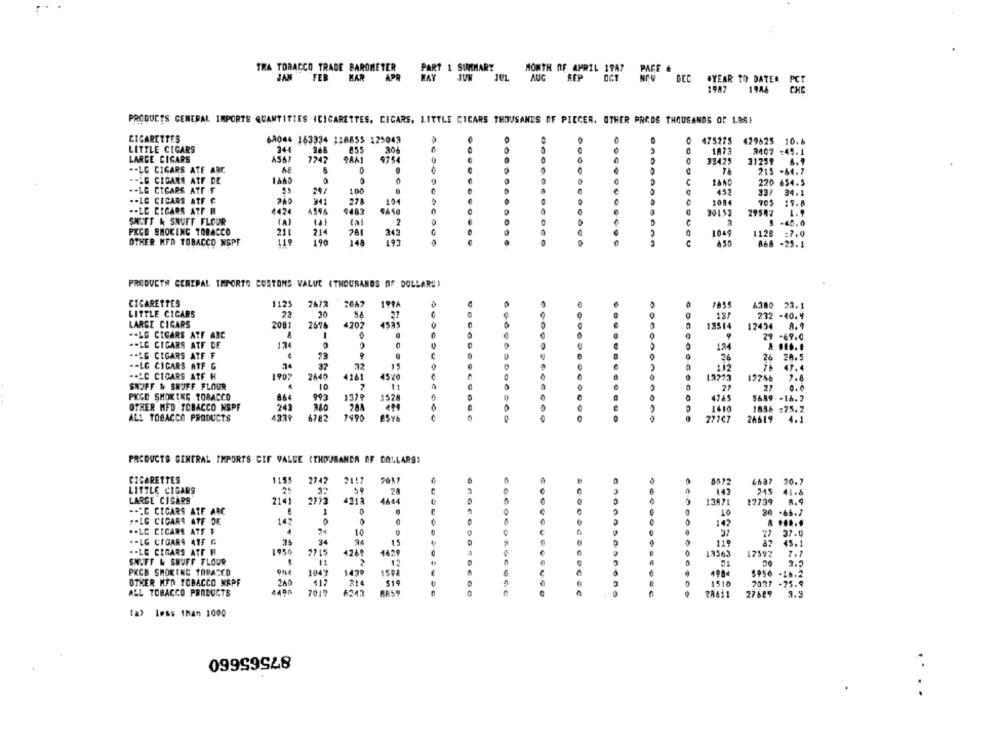
THA TOBACCO TRADE BAROMETER
MONTH OF APRIL 19A7 PAGE &
ZAN FER MAR APR
MAY JUN JEL AUG
AUG SEP OCT NOV DEC #YEAR TO DATER
1987
19A4
PET
PRODUCTS GENERAL IMPORTS QUANTITIES ICIGARETTES. CICARS. LITTLE CIGARS THOUSANDS OF PICCER. OTHER PRODE THOUSANDS OF 1.86)
CIGARETTES
68044 163334 118855 125043
475275 429625 10.6
LITTLE CICARS
344
855
306
3407 :49.1
LARGE CIGARS
AS6?
7242
9754
33425
31259
6.9
.- LG CIGARS ATE ARC
215 -64.7
--- G CIGARA ATF DE
220 654.5
.- LE CICARR ATF F
100
452
34.
.- LC CICARS ATF C
27
10
101
ES 106
705 19.8
.- LE CIGARS ATF R
4424
459
9483
29547
SHEFF & SNUFF FLOUR
5 -60.0
PKCD SMOKING TOBACCO
21
343
211
1049
1128 =7.0
OTHER HFD TOBACCO NSPF
190
148
193
C
866 -25.1
PRODUCTS GEREPAL IMPORTO CUSTOMS VALUE (THOUSANDS OF DOLLARS)
CIGARETTES
1125
2047
199A
6380 23.1
LITTLE CICARS
21
30
.
187
232 -40.4
LARGE CIGARS
2001
2696
4207
4525
13514
12494
-- LG CIGARS ATF ABC
A
29 -69.0
-- LG CIGARS ATF DE
134
.. LG CIGARS ATF F
26
28.5
-- LC CIGARS ATF G
112
47.4
-. LE CICARS ATF H
1997
2445
4261
4520
2.4
SHOFF & SHUFF FLOUR
27
PKGD SMOKING TOBACCO
864
1379
152
4745
5689 -16.2
OTHER MED TOBACCO NSPF
243
204
1410
1896 =25.2
ALL TOBACCO PRODUCTS
4339
6782
7490
27767
4.1
PRODUCTS GENERAL IMPORTS CIF VALUE (THOUSANDA OF DOLLARS?
CIGARETTES
1155
2742
2117
5072
66a7 20.7
LITTLE CIGARS
245
.28
142
41.8
LARGE CISARS
2141
2773
4218
4444
12739
.- "C CICARS ATF ARC
-
10
20
.66.7
142
.. LG CIGARS ATE DE
142
.....
.. LE CICARS ATF F
10
37.9
.- LG CIGARS 41F G
34
15
45.1
1950
.- LE CIGARS ATT H
2215
426
19563
12592
7.1
SNUFF & SNUFF FLOUR
PKCD SMOKING TARASCO
1047
1490
150
498
5956 -16.2
OTHER MED TOBACCO NAPF
260
7037 -25.9
ALL TOBACCO PRODUCTS
1400
6243
BAS
27685
3.9
ta> less than 1000
87565660
. .
..